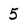
Character: 5